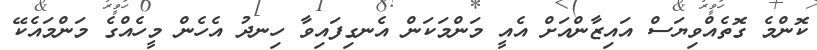
ކޮންމެ ގޮތެއްވިޔަސް އައިޒާންއަށް އެއީ މަންމަކަން އެނގިފައިވާ ހިނދު އެހެން މީހެއްގެ މަންމައެކޭ